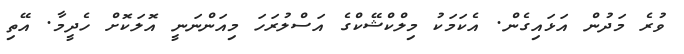
ވުރެ މަދުން އަޅައިގެން. އެކަމަކު މިލްކްޝޭކްގެ އަސްލުރަހަ މިއަންނަނީ އޮލަކޮށް ހެދީމާ. އޭތި